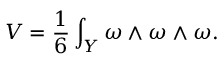
{ \cal V } = \frac { 1 } { 6 } \int _ { Y } \omega \wedge \omega \wedge \omega .